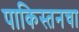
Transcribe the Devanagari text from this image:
पाकिस्तनचा